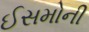
ઈસમોની